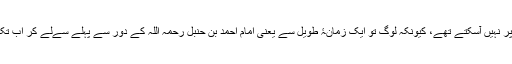
اگر ایسا نہ ہوتا تو کبھی بھی یہ دنیا کے امور استقامت پر نہیں آسکتے تھے، کیونکہ لوگ تو ایک زمانۂ طویل سے یعنی امام احمد بن حنبل رحمہ اللہ کے دور سے پہلے سےلے کر اب تک کسی ایک امام وخلیفہ پر تو کبھی متفق ہوئے ہی نہیں۔